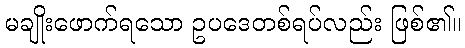
မချိုးဖောက်ရသော ဥပဒေတစ်ရပ်လည်း ဖြစ်၏။